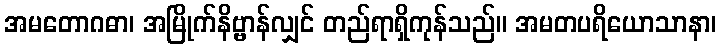
အမတောဂဓာ၊ အမြိုက်နိဗ္ဗာန်လျှင် တည်ရာရှိကုန်သည်။ အမတပရိယောသာနာ၊